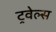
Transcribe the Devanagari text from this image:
ट्रवेल्स